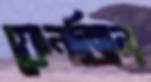
ফেনজিন